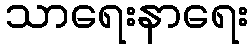
သာရေးနာရေး